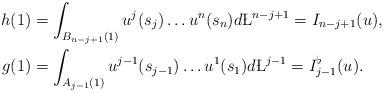
LaTeX: \begin{align*} h(1) & = \int_{B_{n-j+1} (1) } u ^{j} (s_{j})\dots u^ n (s_n) d\L^{n-j+1} = I_{n-j+1}(u) ,\\ g(1) &= \int_{A_{j-1}(1) } u^{j-1} (s_{j-1} )\dots u^{1} (s_{1} ) d\L^{j-1} = I^\flat_{j-1}(u).\end{align*}